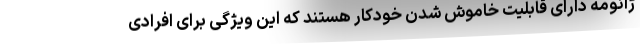
ژانومه دارای قابلیت خاموش شدن خودکار هستند که این ویژگی برای افرادی